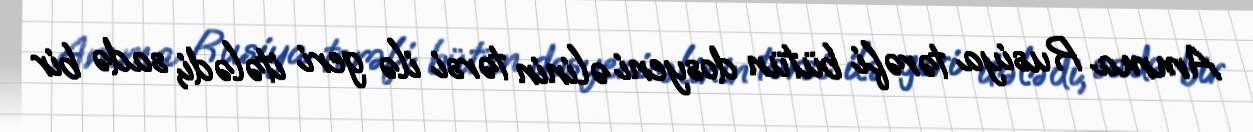
Amma Rusiya tərəfi bütün dosyeni əlinin tərsi ilə geri itələdi, sadə bir